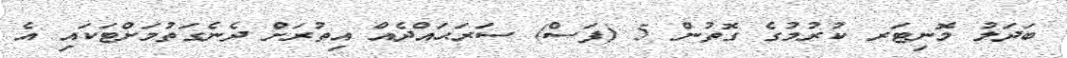
ބަދަލު މޮނިޓަރ ކުރުމުގެ ގޮތުން 5 (ފަސް) ސަރަޙައްދެއް އިތުރަށް ދެނެގަތުމަށްޓަކައި އެ